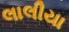
લાલીયા